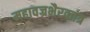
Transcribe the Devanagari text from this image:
महावज्रभैरवतंत्र